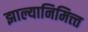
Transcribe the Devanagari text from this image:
झाल्यानिमित्त्त